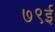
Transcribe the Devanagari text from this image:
७९ई